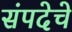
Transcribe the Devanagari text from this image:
संपदेचे